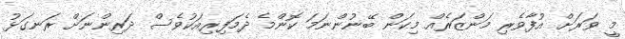
މީ ވަރަށް އުފާވެރި މަންޒަރެއް މިކަން ބޭނުންނަމަ ކޮންމެ ދެމަފިރިއަކުވެސް ދަރިންނަށް ރަނގަޅު